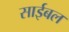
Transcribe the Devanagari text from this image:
साईबल